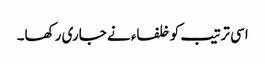
اسی ترتیب کو خلفاء نے جاری رکھا۔